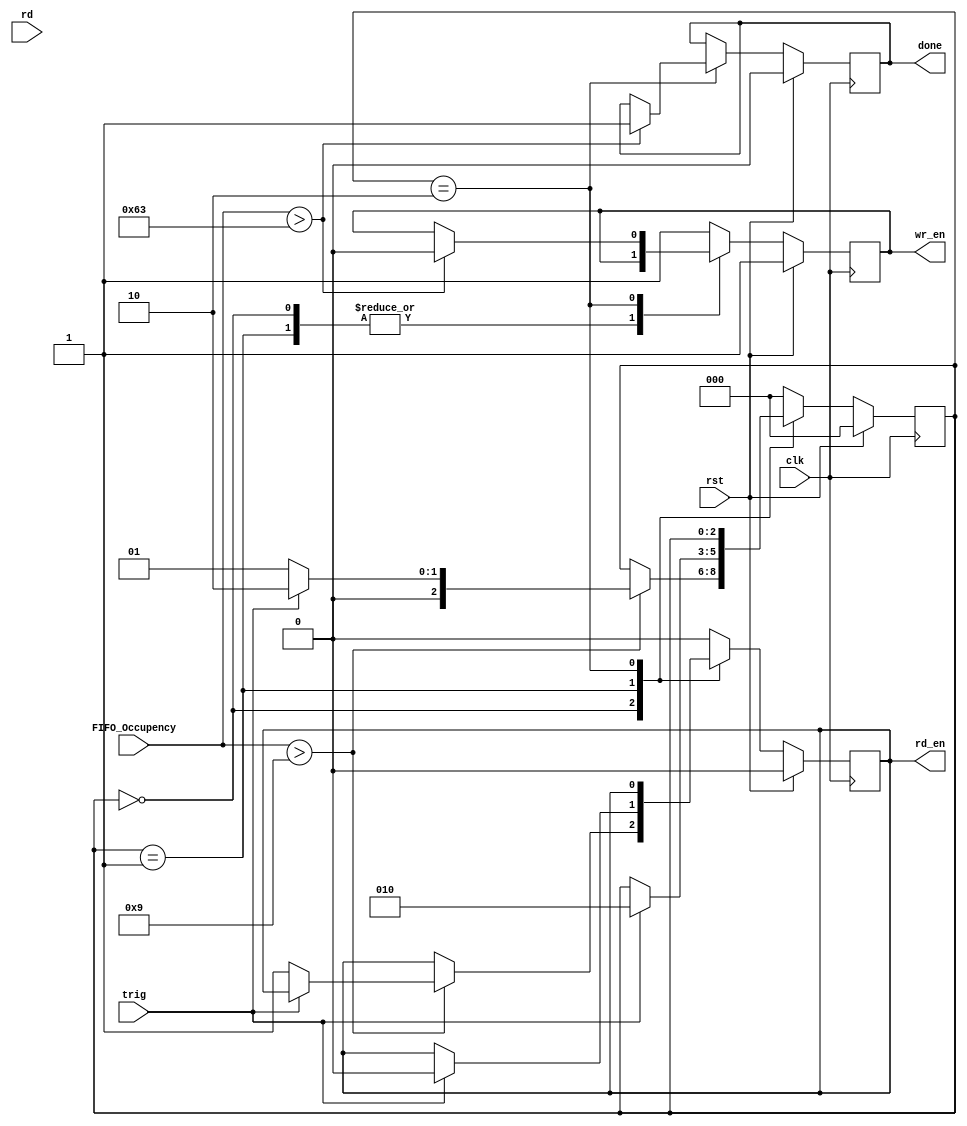
`timescale 1ns / 1ps
//////////////////////////////////////////////////////////////////////////////////
// Company: 
// Engineer: 
// 
// Design Name: 
// Module Name:    Buf_Ctrl 
// Project Name: 
// Target Devices: 
// Tool versions: 
// Description: 
//
// Dependencies: 
//
// Revision: 
// Revision 0.01 - File Created
// Additional Comments: 
//
//////////////////////////////////////////////////////////////////////////////////
module Buf_Ctrl(
	input trig,
	input rst,
	input clk,
	input rd,
	input [8:0] FIFO_Occupency,
	output reg wr_en,
	output reg rd_en,
	output reg done
	
    );
parameter integer win_len = 100; //500ns 
parameter integer head_len = 10;//100ns
parameter integer state_init = 3'b000; //loading 100 leading length
parameter integer state_read = 3'b001; //writing in and reading out garbage
parameter integer state_load = 3'b010; //storing event
parameter integer state_done = 3'b011; //reading event
parameter integer state_out = 3'b100;

reg [2:0]state_FIFO;


always @ (posedge clk) 
begin
	
	if (rst) 
	begin
		state_FIFO <= state_init;
		wr_en <= 1;
		rd_en <= 0;	
		done <= 0;
	end
	
	else 
	begin
		case (state_FIFO)
		state_init:									//loading first 10 cycle 
		if(FIFO_Occupency > head_len-1)	//if init_time is great than 10 cycle then depends on trig is on or off 
		begin  
				if(trig)
				begin
					state_FIFO <= state_load;
				end
				else 
				begin
					state_FIFO <= state_read;
					rd_en <= 1;
				end
		end
		
		
		state_read:				//reading garbage values
		if(trig)
		begin
			state_FIFO <= state_load;
			rd_en <= 0;
		end 

		
		state_load:
		if(FIFO_Occupency > win_len-1)
		begin
			wr_en <= 0;
			done <= 1;
		end

		default:
		begin
		state_FIFO <= state_init;
		wr_en <= 1;
		rd_en <= 0;
		end
	 endcase
	end
end

endmodule